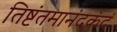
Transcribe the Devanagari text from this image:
तिष्टंतमानंदकंदं